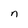
Character: n